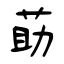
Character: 莇